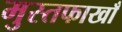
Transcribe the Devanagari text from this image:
मुस्तफाखाँ